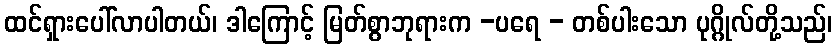
ထင်ရှားပေါ်လာပါတယ်၊ ဒါကြောင့် မြတ်စွာဘုရားက -ပရေ - တစ်ပါးသော ပုဂ္ဂိုလ်တို့သည်၊